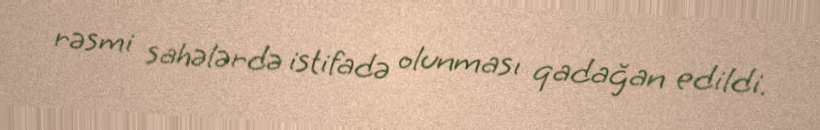
rəsmi sahələrdə istifadə olunması qadağan edildi.